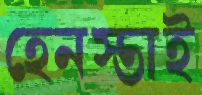
হেনস্তাই